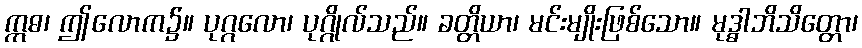
ဣဓ၊ ဤလောက၌။ ပုဂ္ဂလော၊ ပုဂ္ဂိုလ်သည်။ ခတ္တိယာ၊ မင်းမျိုးဖြစ်သော။ မုဒ္ဓါဘိသိတ္တော၊